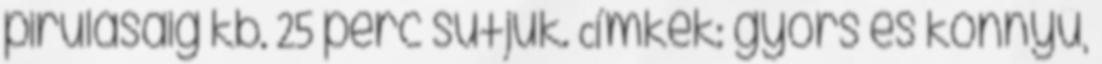
pirulásáig kb. 25 perc sütjük. Címkék: gyors és könnyű,